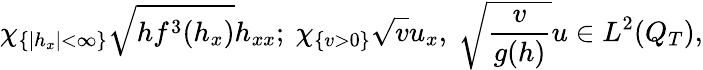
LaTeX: \chi_{\{ |h_{x}|<\infty\} }\sqrt{hf^{3}(h_{x})}h_{xx};\ \chi_{\{ v>0\} }\sqrt{v}u_{x},\ \sqrt{\frac{v}{g(h)}}u\in L^{2}(Q_{T}),